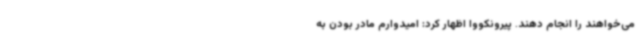
می‌خواهند را انجام دهند. پیرونکووا اظهار کرد: امیدوارم مادر بودن به